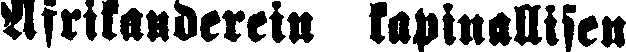
Afrikanderein kapinallisen